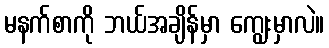
မနက်စာကို ဘယ်အချိန်မှာ ကျွေးမှာလဲ။